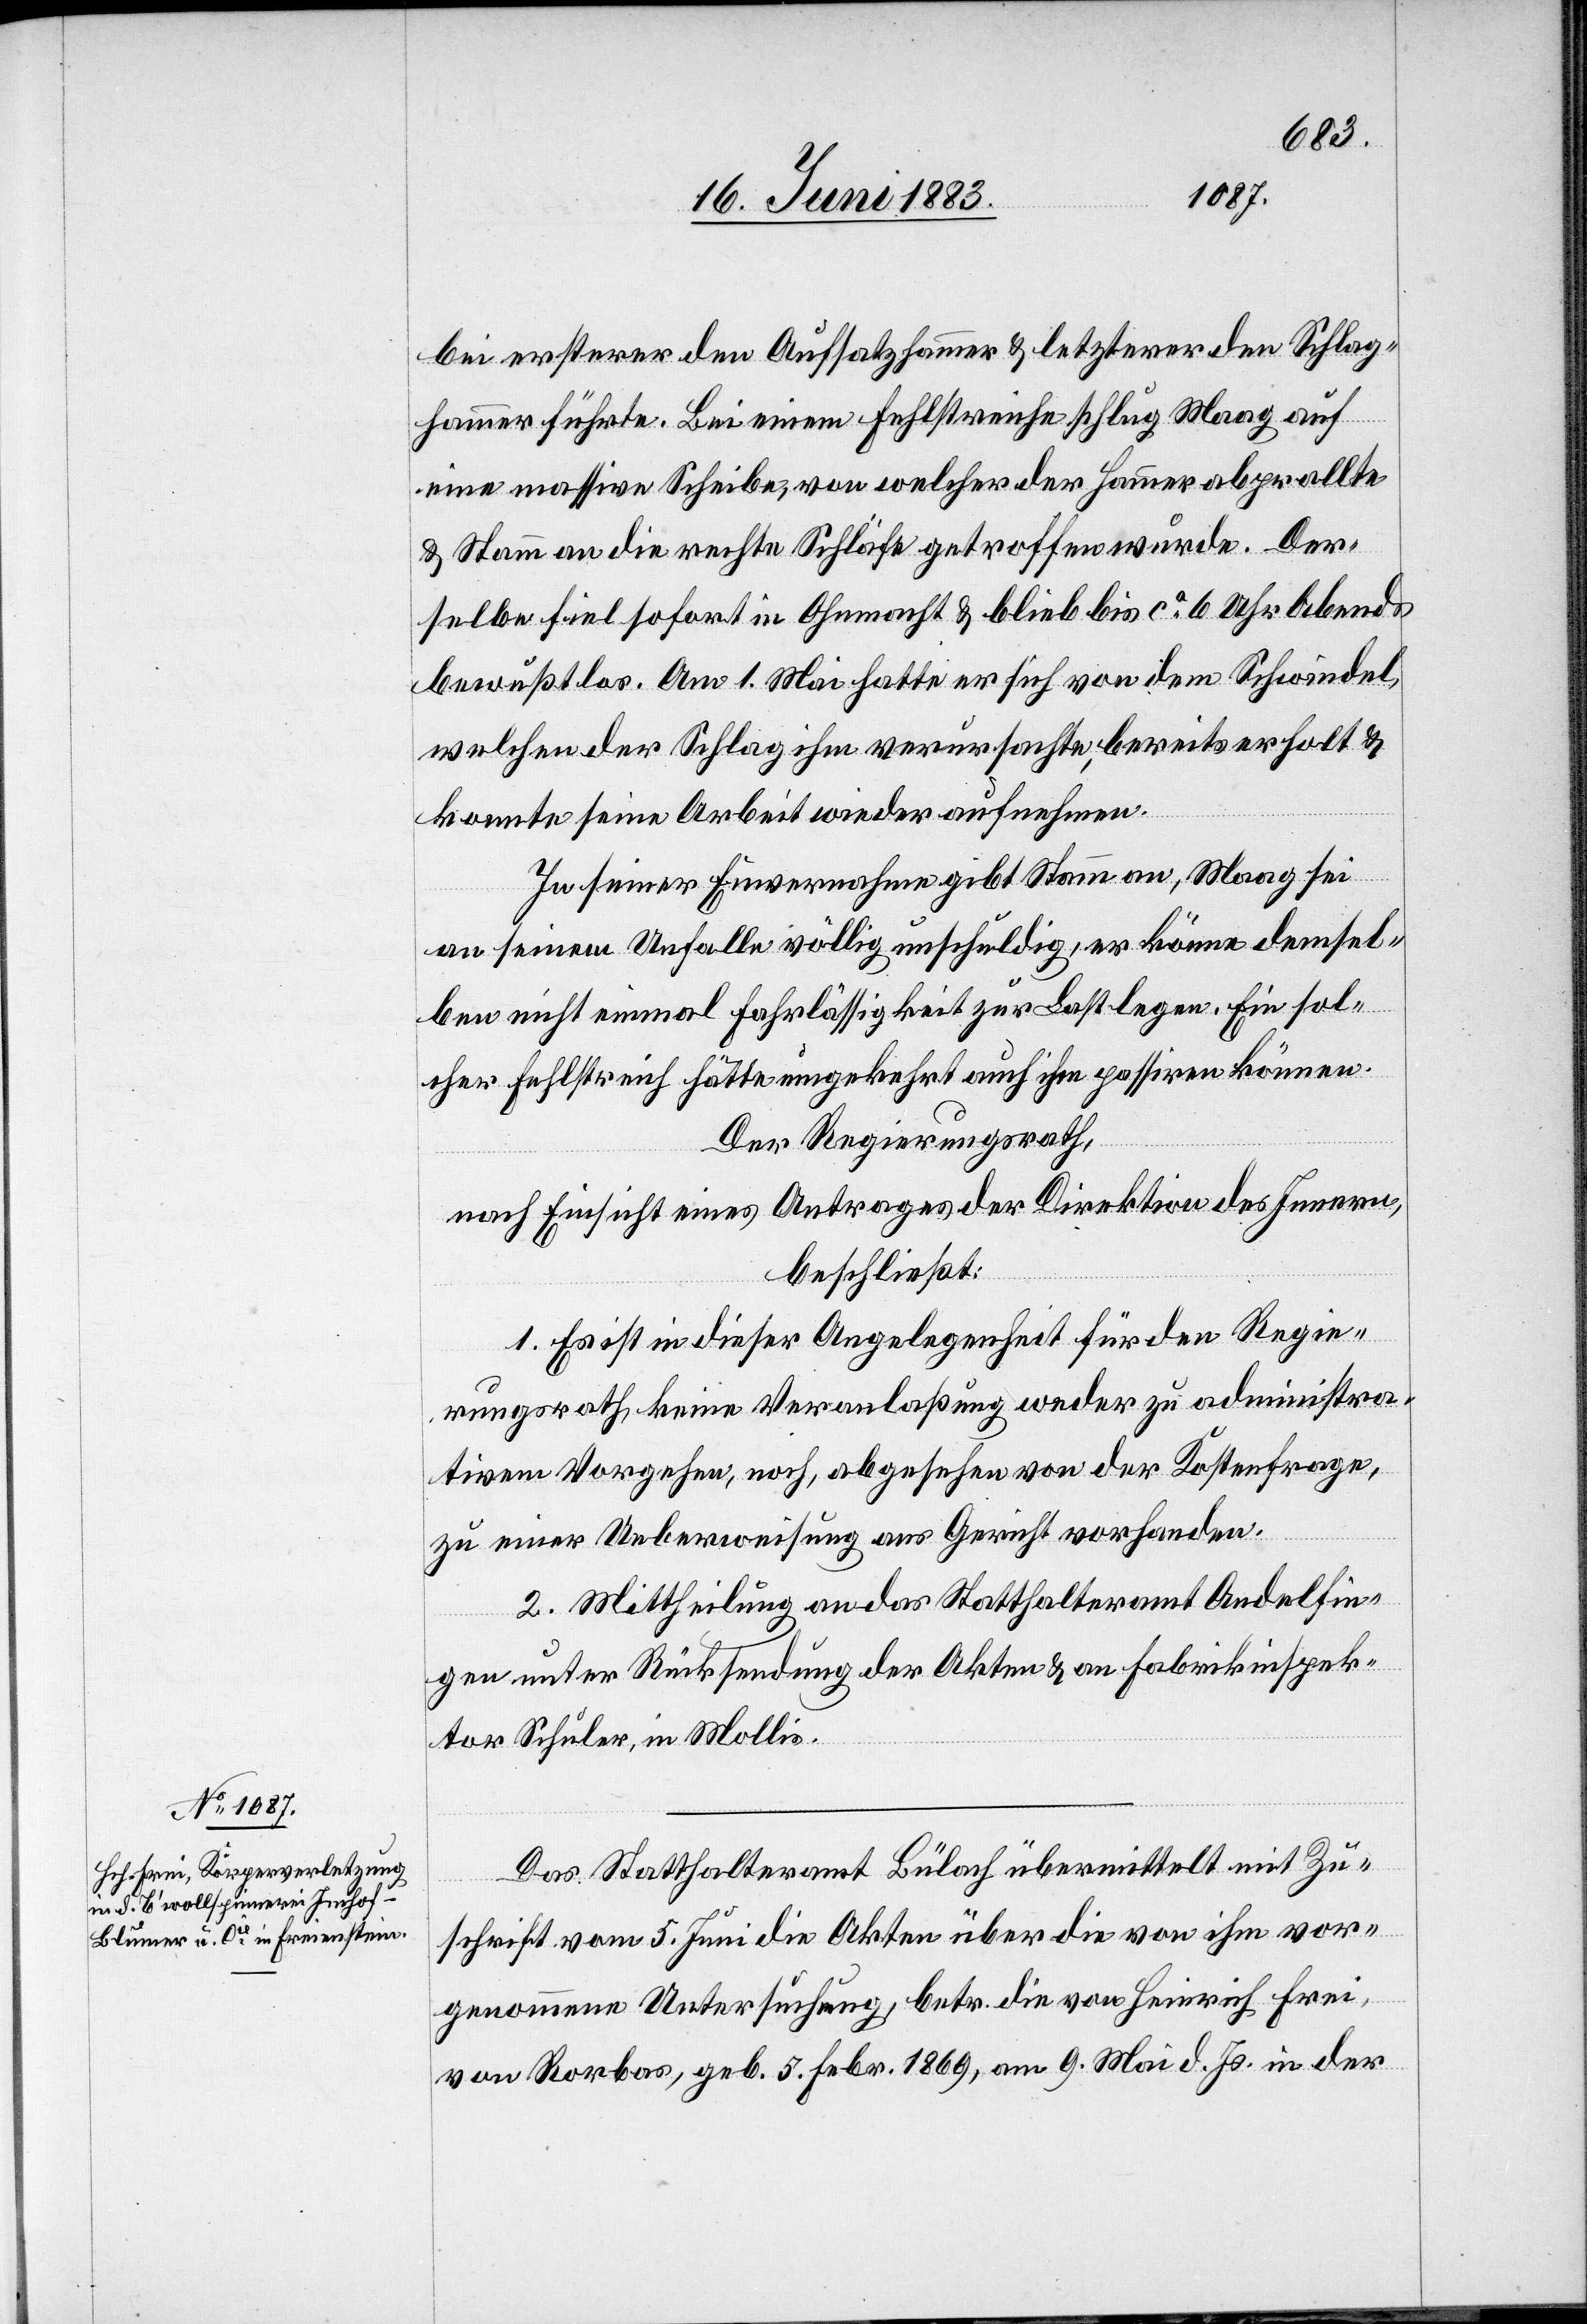
bei ersterer den Aufsatzhammer & letzterer den Schlag¬
hammer führte. Bei einem Fehlstreiche schlug Maag auf
eine massive Scheibe, von welcher der Hammer abprallte
& Stamm an die rechte Schläfe getroffen wurde. Der¬
selbe fiel sofort in Ohnmacht & blieb bis ca 6 Uhr Abends
bewusstlos. Am 1. Mai hatte er sich von dem Schwindel,
welchen der Schlag ihm verursachte, bereits erholt &
konnte seine Arbeit wieder aufnehmen.
In seiner Einvernahme gibt Stamm an, Maag sei
an seinem Unfalle völlig unschuldig, er könne demsel¬
ben nicht einmal Fahrlässigkeit zur Last legen. Ein sol¬
cher Fehlstreich hätte umgekehrt auch ihm passiren können.
Der Regierungsrath,
nach Einsicht eines Antrages der Direktion des Innern,
beschließt:
1. Es ist in dieser Angelegenheit für den Regie¬
rungsrath keine Veranlaßung weder zu administra¬
tivem Vorgehen, noch, abgesehen von der Kostenfrage,
zu einer Ueberweisung ans Gericht vorhanden.
2. Mittheilung an das Statthalteramt Andelfin¬
gen unter Rücksendung der Akten & an Fabrikinspek¬
tor Schuler, in Mollis.
Das Statthalteramt Bülach übermittelt mit Zu¬
schrift vom 5. Juni die Akten über die von ihm vor¬
genommene Untersuchung, betr. die von Heinrich Frei,
von Rorbas, geb. 5. Febr. 1869, am 9. Mai d. Js. in der